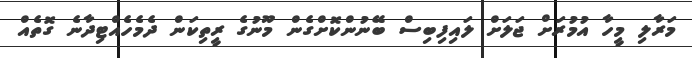
މަރާލި މީހާ އުމުރަށް ޖަލަށް ލައިފިބިސް ބޭނުންކޮށްގެން މޫނުގެ ރީތިކަން ދެމެހެއްޓިދާނެ ގޮތެއް